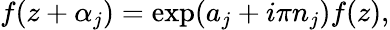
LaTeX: f(z+\alpha_{j})=\exp(a_{j}+i\pi n_{j})f(z),